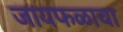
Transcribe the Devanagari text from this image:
जायफळाचा